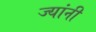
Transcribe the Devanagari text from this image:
ज्‍यांनी